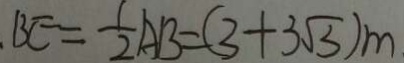
B C = \frac { 1 } { 2 } A B = ( 3 + 3 \sqrt { 3 } ) m